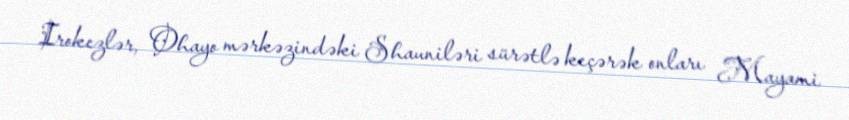
Irokezlər, Ohayo mərkəzindəki Shauniləri sürətlə keçərək onları Mayami